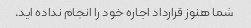
شما هنوز قرارداد اجاره خود را انجام نداده اید.